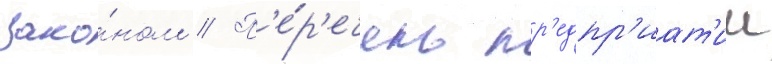
зако́ном // П'е́р'ечень пр'едпр'иат'ии